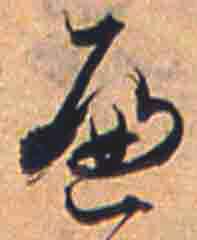
へ